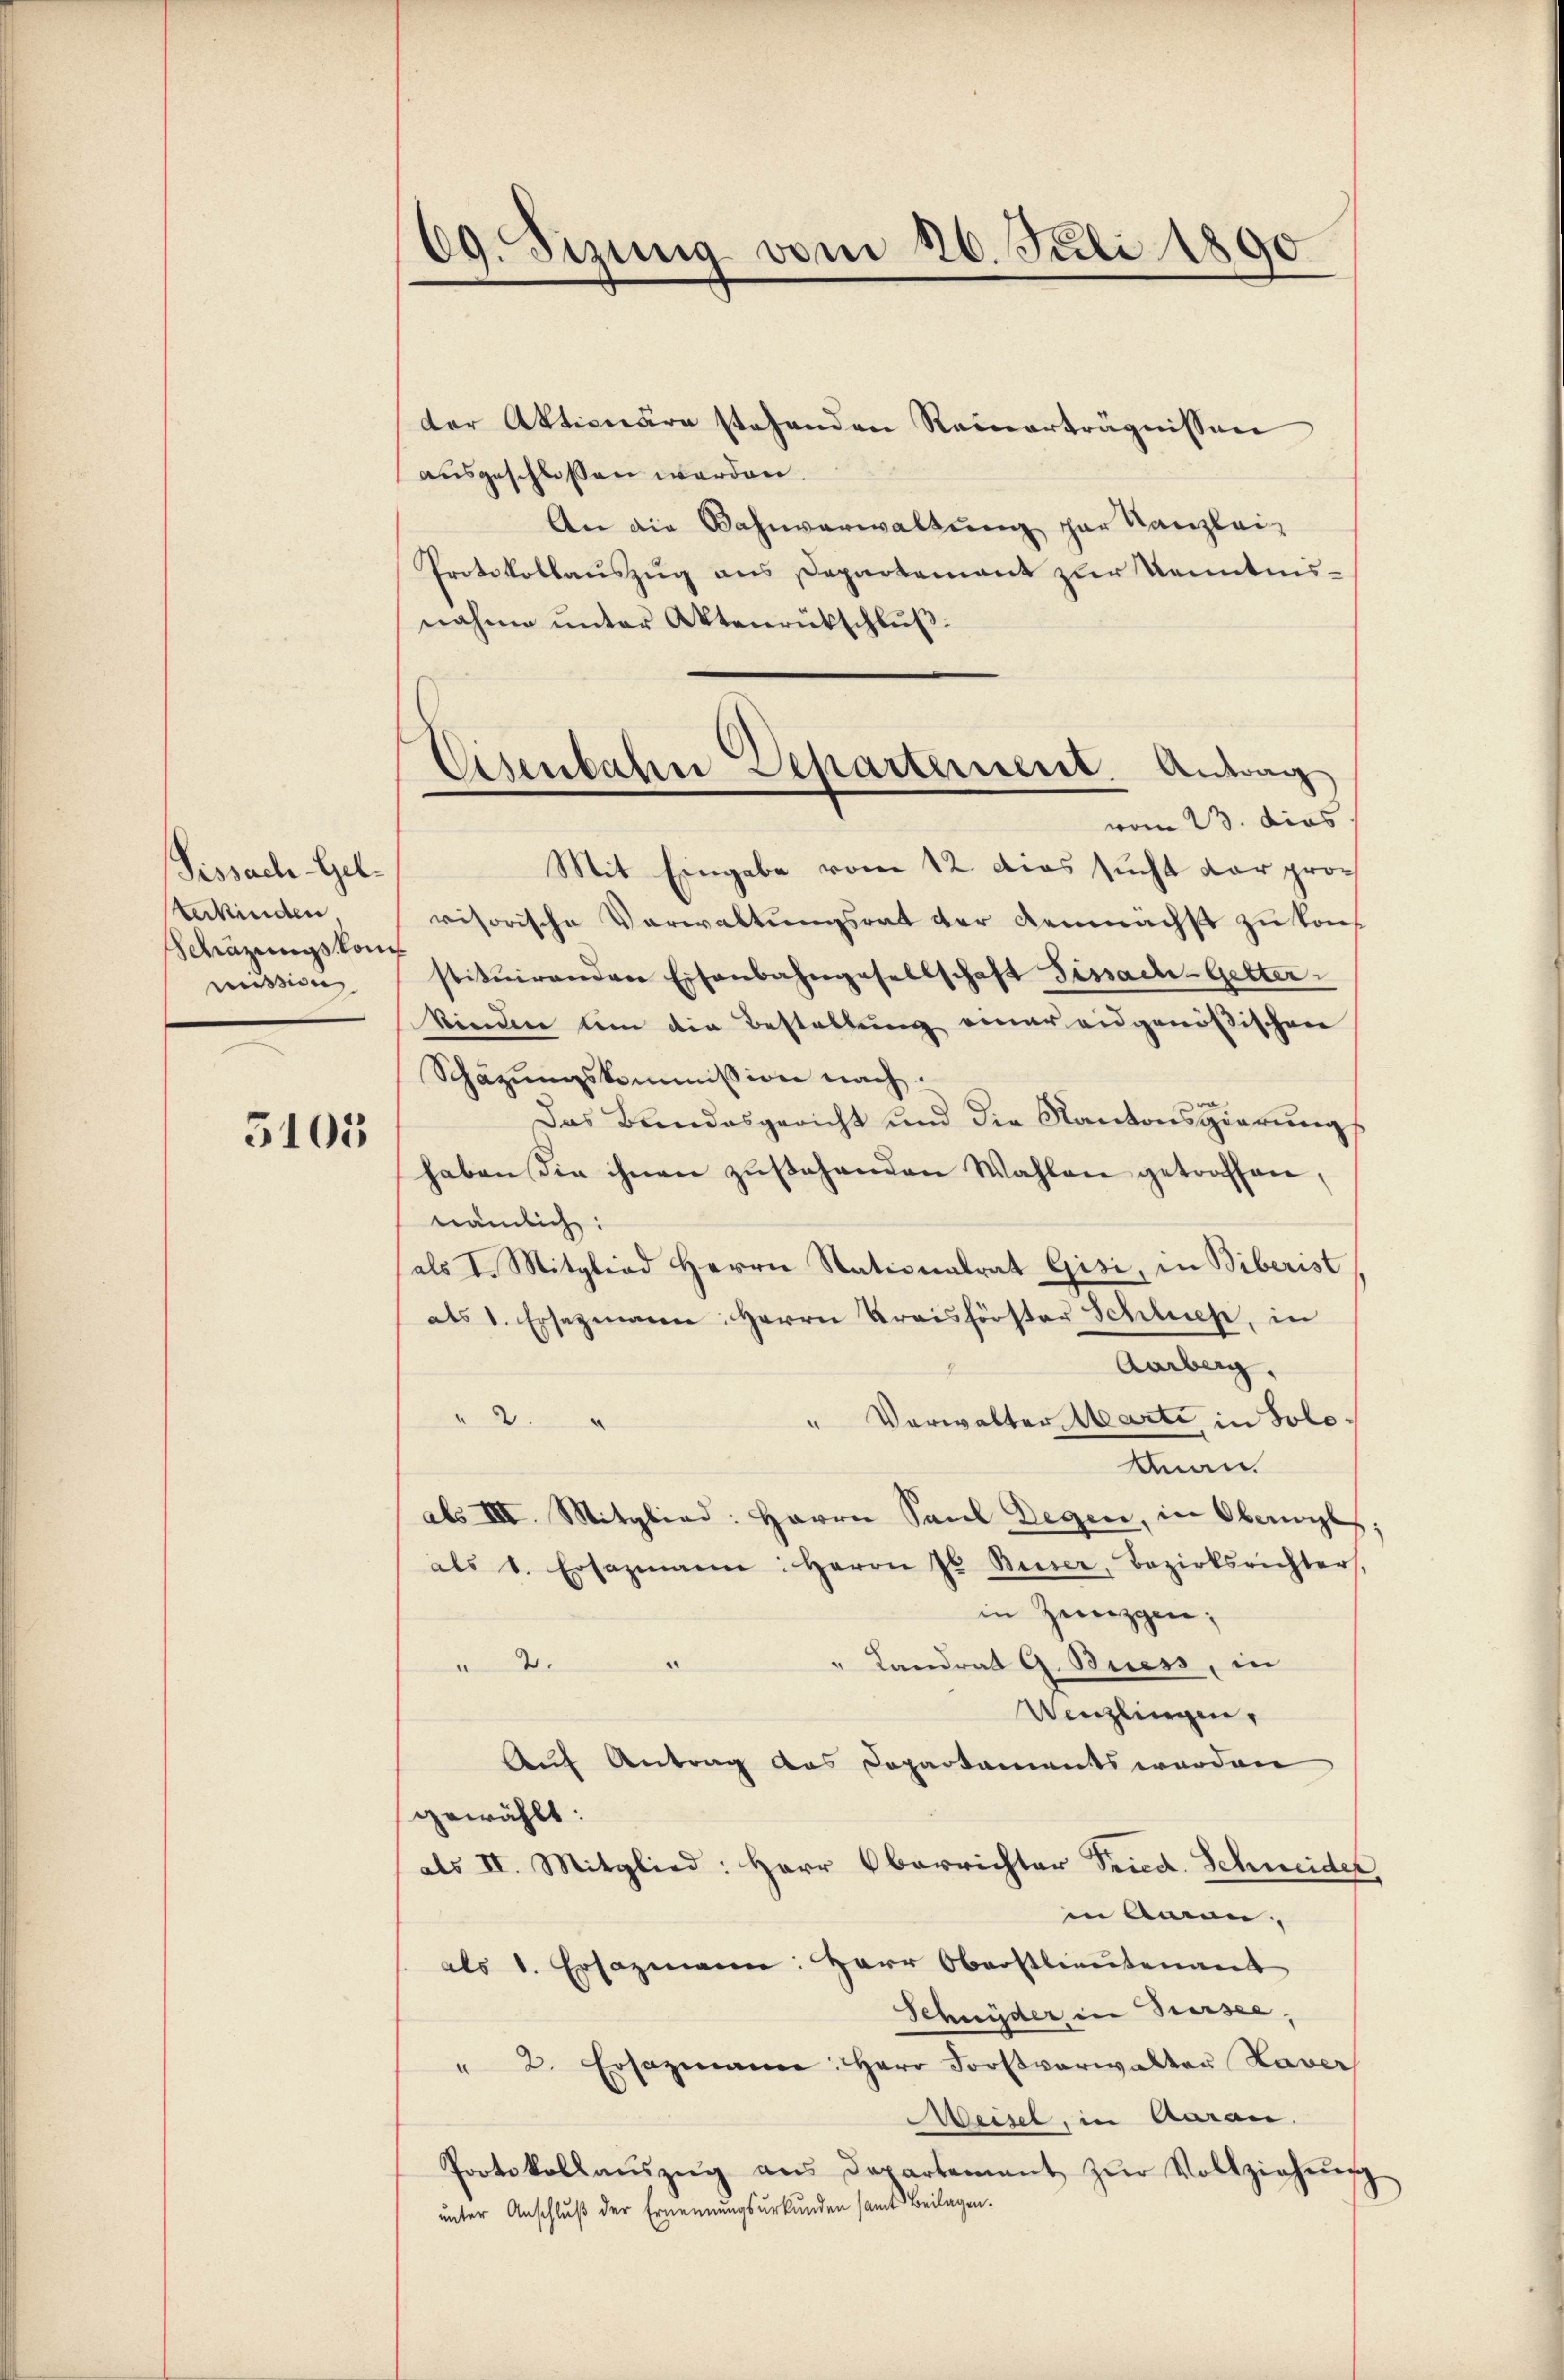
Sissach-Gelterkinden,
Schäzungs kom
mission

5105

09. Sizung vom 16. Juli 1890

der Aktionäre stehenden Reinerträgnissen
ausgeschlossen werden.
An die Bahnverwaltŭng par Kanzlei-
Protokollauszug aus Departement zur Kenntnisnahme ŭnter Aktenrückschlŭβ:
Mit Eingabe vom 12. dies sucht der provisorische Verwaltungsrat der demnächst zu konstituirenden Eisenbahngesellschaft Fissache-Getter-
kinden um die Bestellung einer eidgenößischen
Schäzŭngskommission nach
Das Bundesgericht und die Kantonsgierungs
haben die ihnen zŭstehenden Wahlen getroffen,
nämlich:
als I. Mitglied Herrn Stationalrat Gisi, in Biberist
als 1. Ersezmann: Herrn Kreisförster Schliche, in
Aurberg,
" Verwalter Warte in Solo¬
" 2 "
Man.
abs III. Mitglied: Herrn Paul Degen, in Oberwyl
als 1. Ersazmann: Herrn Jr. Beiser, Bezirksrichter
in Zeugen;
" Landrat G. Buess, in
1
Uenzlingen,
Auf Antrag des Departaments werden
gewählt:
als II. Mitglied: Herr Oberrichter Fried. Schneider
in Amen.
als 1. Ersazmann: Herr Oberstlieutenant
Schnyder in Sursee,
" 2. Ersazmann: Herr Forstverwalter Laver
Meisel, in Aarau
Protokollaŭszŭg ans Departement zŭr Vollziehŭng
unter Anschlŭβ der Ernennungsurkunden samt Beilagen.

Eisenbahn Separtement. Antrag
vom 23. dies

s